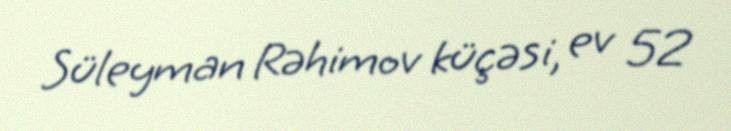
Süleyman Rəhimov küçəsi, ev 52